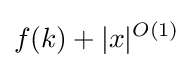
f(k)+|x|^{O(1)}